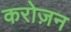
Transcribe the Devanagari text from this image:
करोज़न